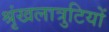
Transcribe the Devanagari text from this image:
श्रृंखलात्रुटियों